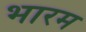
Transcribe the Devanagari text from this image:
भारम